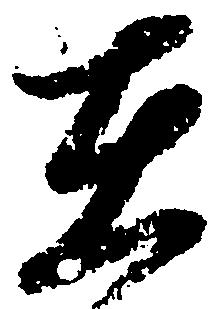
在